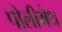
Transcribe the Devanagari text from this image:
पोलीमैथ